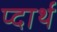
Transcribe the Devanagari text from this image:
प्दार्थ